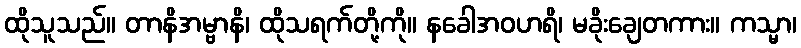
ထိုသူသည်။ တာနိအမ္ဗာနိ၊ ထိုသရက်တို့ကို။ နခေါအဝဟရိ၊ မခိုးချေတကား။ ကသ္မာ၊